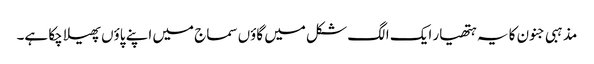
مذہبی جنون کا یہ ہتھیار ایک الگ شکل میں گاؤں سماج میں اپنے پاؤں پھیلا چکا ہے۔